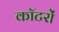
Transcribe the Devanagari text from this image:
कॉटरों